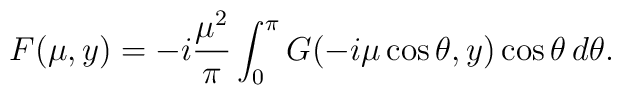
F(\mu, y) = -i \frac{{\mu}^2}{\pi} \int_0^\pi  G(-i\mu \cos\theta,y)\cos\theta\, d \theta .